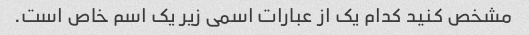
مشخص کنید کدام یک از عبارات اسمی زیر یک اسم خاص است.